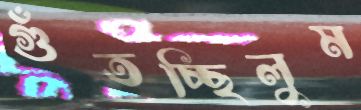
গুঁতচ্ছিলুম